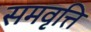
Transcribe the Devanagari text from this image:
समवृत्ति